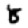
Digit: 8